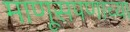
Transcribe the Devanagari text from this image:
माणूसपणाच्या